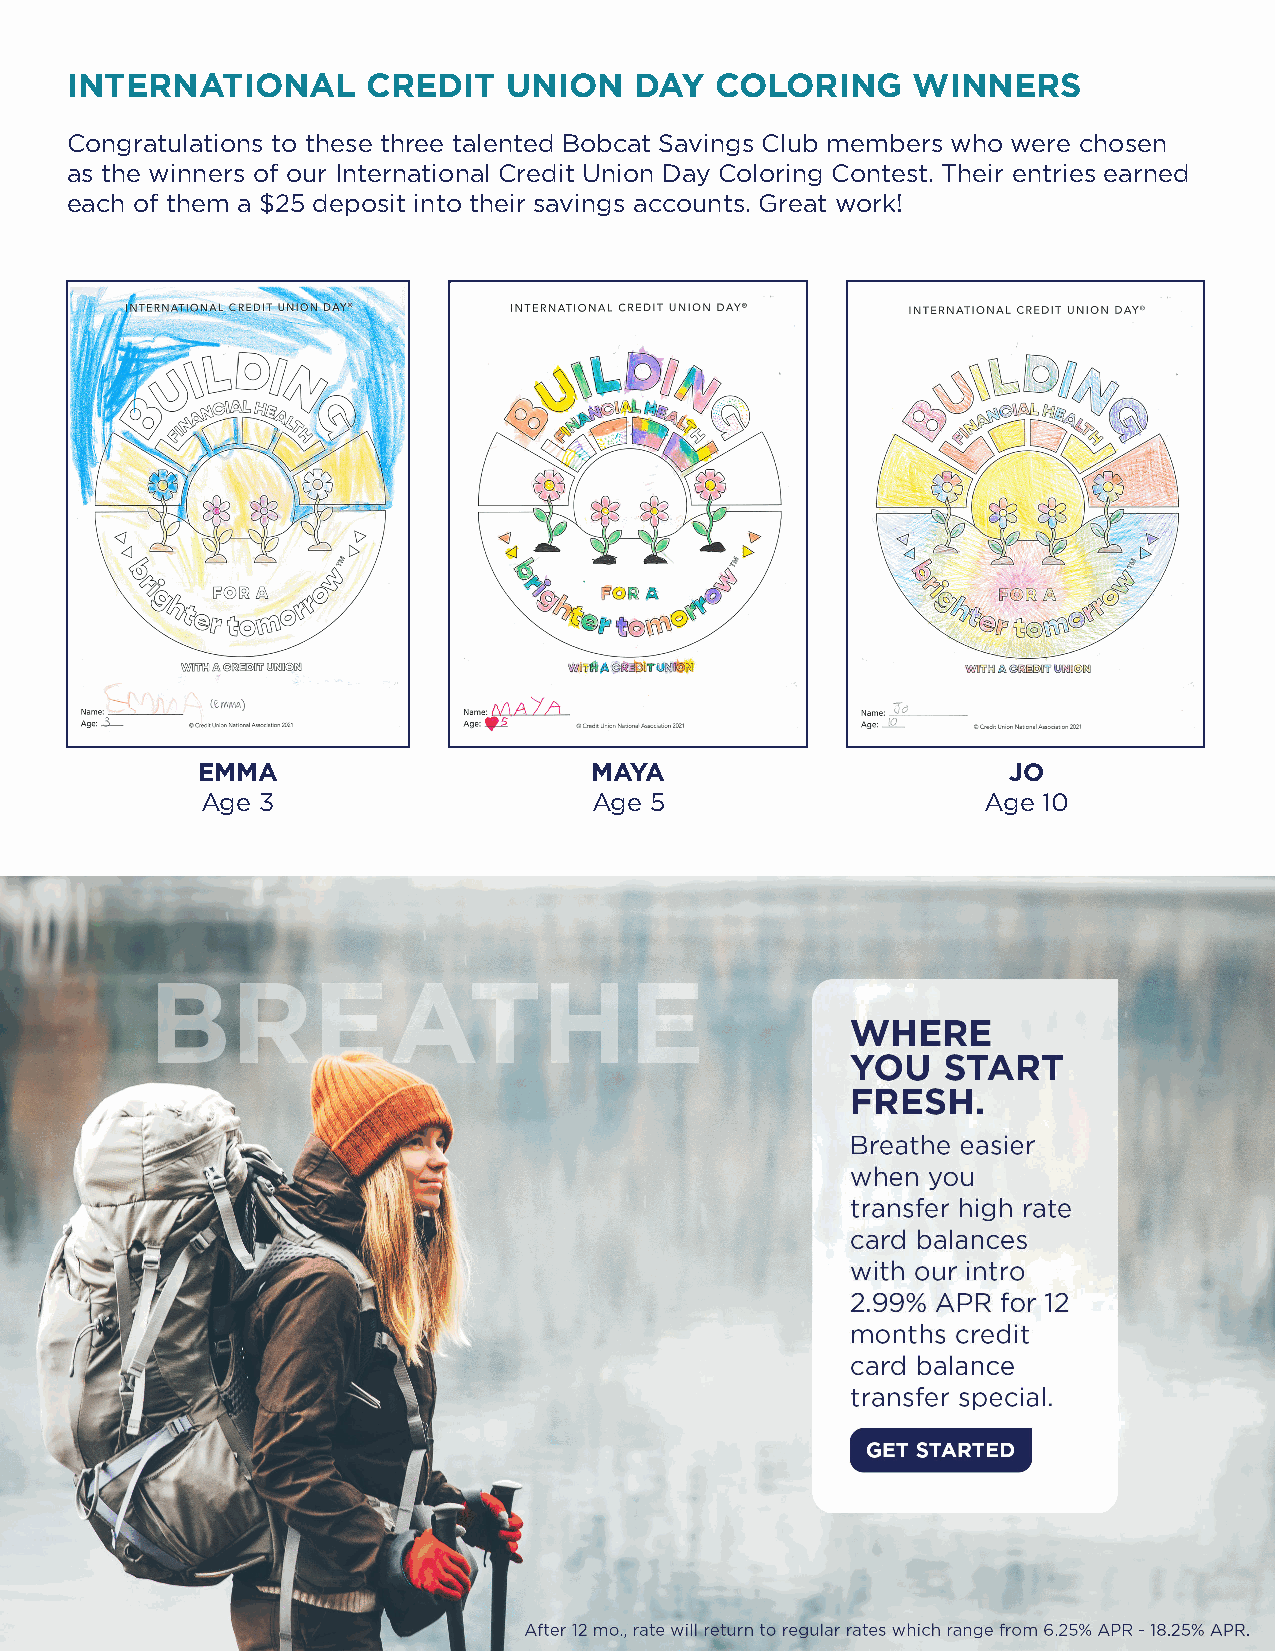
INTERNATIONAL       CREDIT    UNION   DAY  COLORING     WINNERS
 Congratulations to these three talented Bobcat Savings Club members who were chosen
 as the winners of our International Credit Union Day Coloring Contest. Their entries earned
 each of them a $25 deposit into their savings accounts. Great work!
 EMMA                      MAYA                        JO
 Age 3                     Age 5                     Age 10